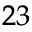
^ { 2 3 }